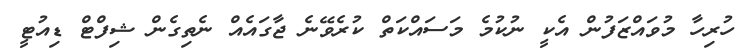
ހުރިހާ މުވައްޒަފުން އެކީ ނުކުމެ މަސައްކަތް ކުރެވޭނެ ޖާގައެއް ނެތިގެން ޝިފްޓް ޑިއުޓީ